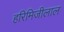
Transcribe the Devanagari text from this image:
हरिमिजीलाल